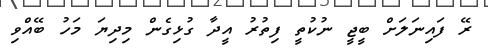
ރޭ ފައިނަލަށް ބީޖީ ނުކުތީ ފިތުރު އީދާ ގުޅިގެން މިދިޔަ މަހު ބޭއްވި